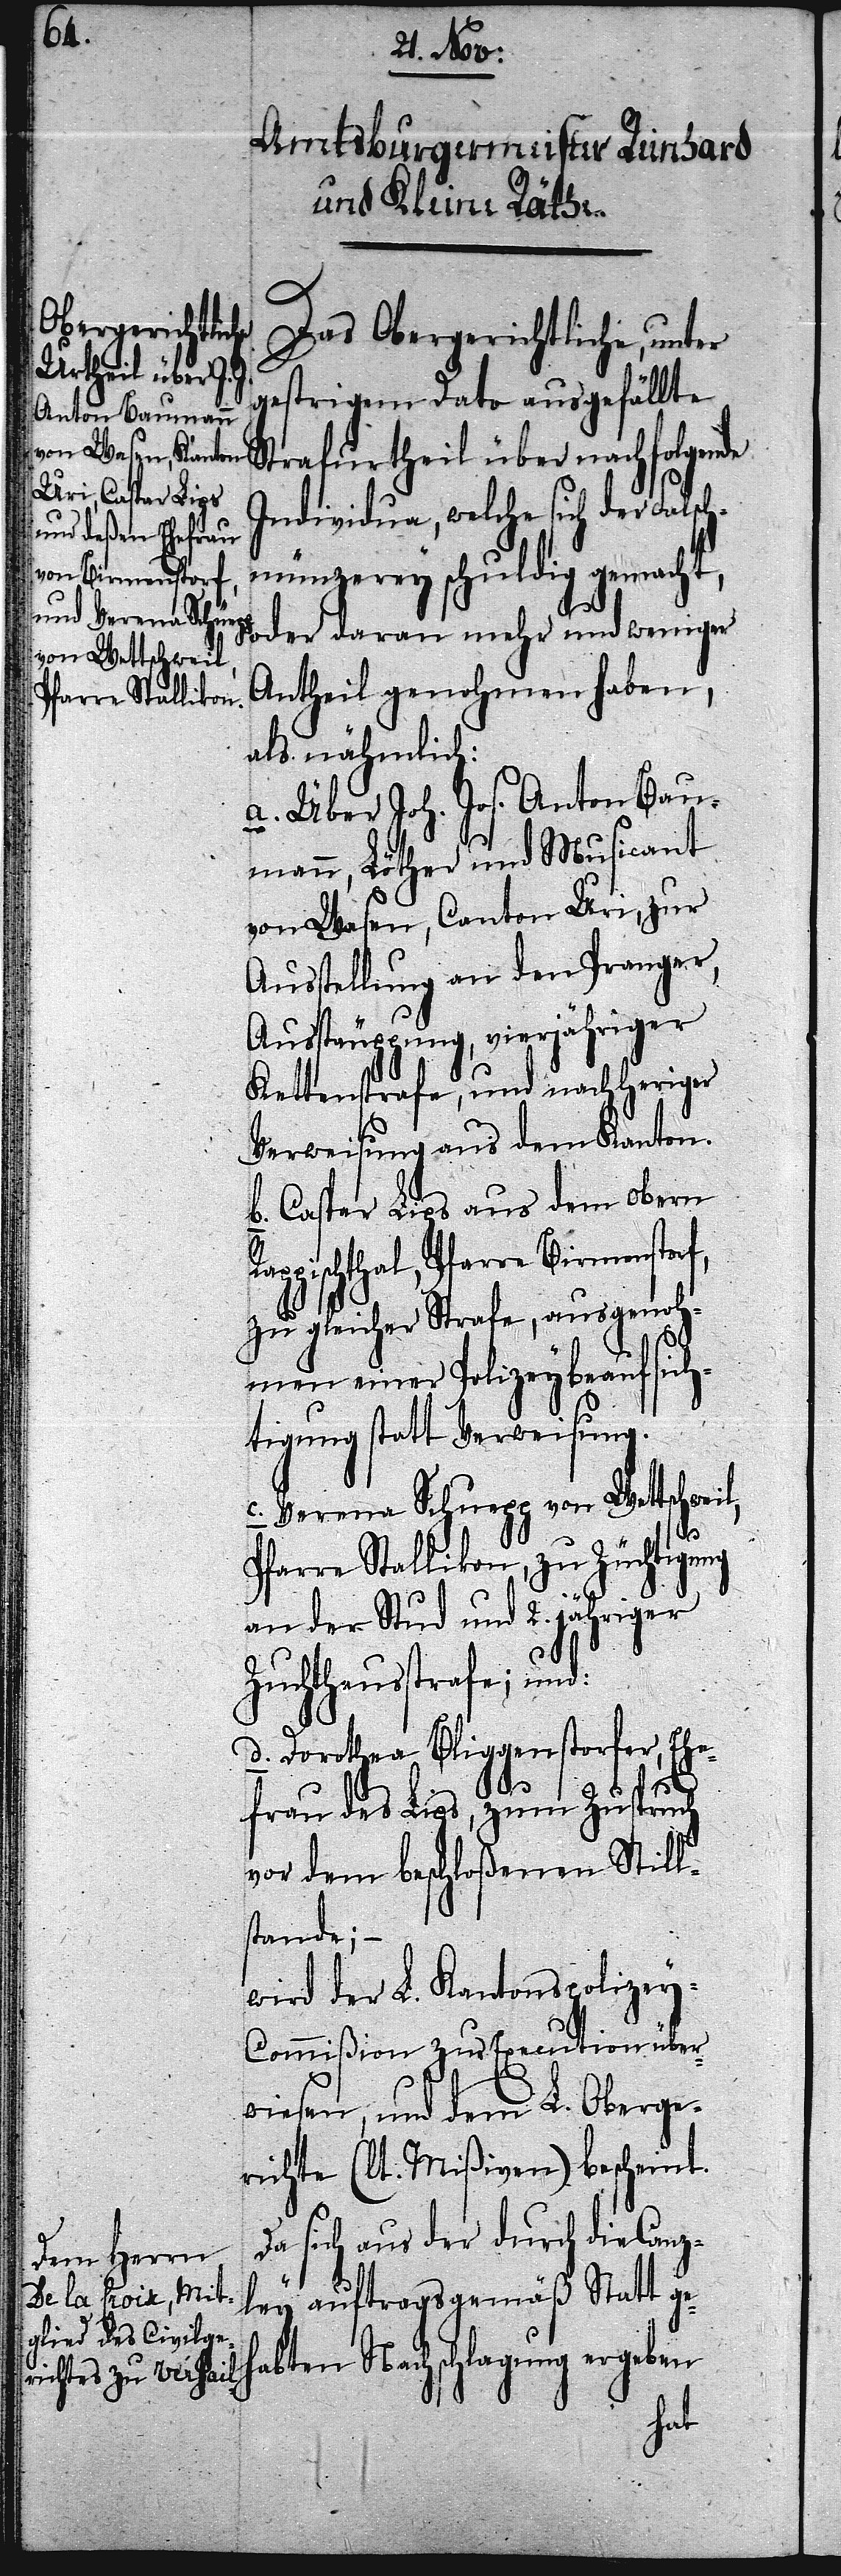
Das Obergerichtliche, unter
gestrigem Dato ausgefällte
Strafurtheil über nachfolgende
Individua, welche sich der Falsc¬
hmünzerey schuldig gemacht,
oder daran mehr und weniger
Antheil genohmen haben,
als nähmlich:
a. Über Joh. Jos. Anton Bau¬
mann, Löther und Musicant
von Wasen, Canton Uri, zur
Ausstellung an den Pranger,
Ausstäuppung, vierjähriger
Kettenstrafe, und nachheriger
Verweisung aus dem Kanton.
b. Caspar Lips aus dem obern
ppischthal, Pfarre Birmensto¬
zu gleicher Strafe, ausgenoh¬
men einer Polizeybeaufsich¬
tigung statt Verweisung.
c. Verena Schüepp von Wettschweil,
Pfarre Stallikon, zu Züchtigung
an der Stud und 2. jähriger
Zuchthausstrafe; und:
d. Doroteha Bliggenstorfer, Ehe¬
rf,
frau des Lips, zum Zuspruch
vor dem beschloßenen Still¬
stande; –
wird der L. Kantonspolize¬
y-Commißion zur Execution über¬
weisen, und dem L. Oberge¬
richte (lt. Mißiven) bescheint.
Da sich aus der durch die Canz¬
ley auftragsgemäß Statt ge¬
habten Nachschlagung ergeben